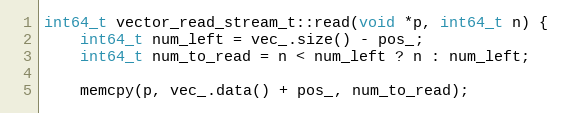
Language: C++
int64_t vector_read_stream_t::read(void *p, int64_t n) {
    int64_t num_left = vec_.size() - pos_;
    int64_t num_to_read = n < num_left ? n : num_left;

    memcpy(p, vec_.data() + pos_, num_to_read);